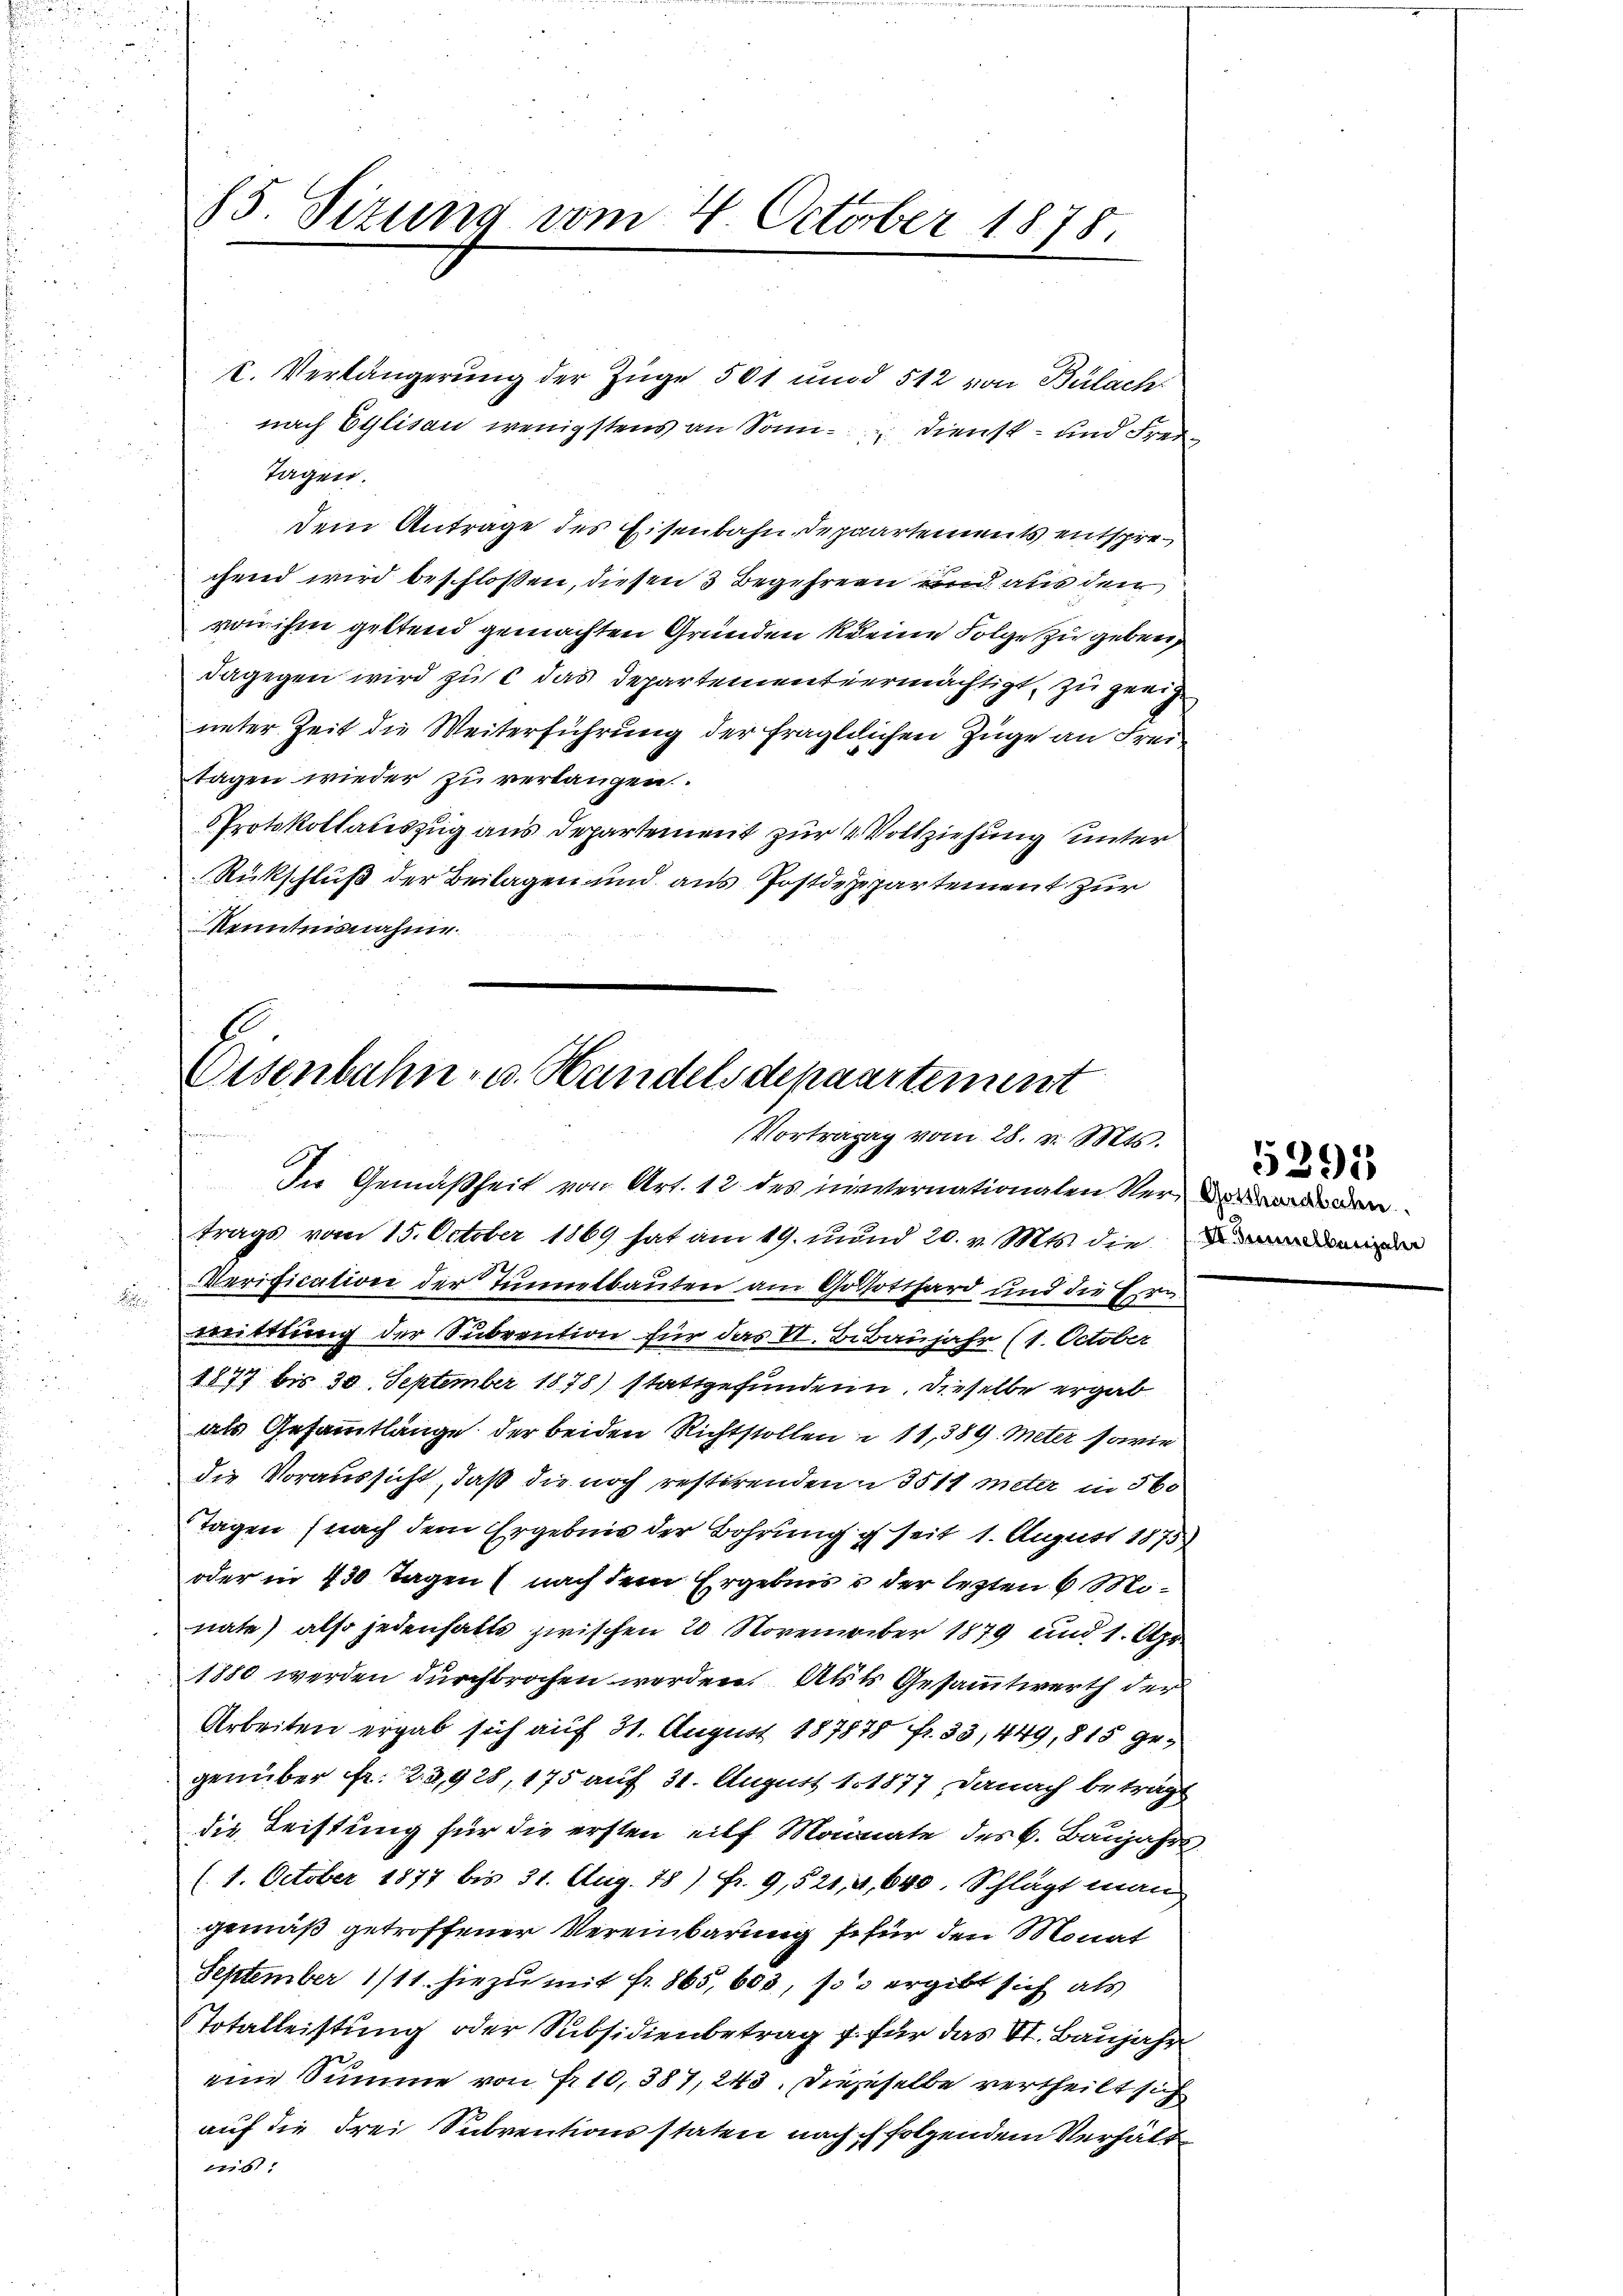
15. Sizung vom 4. October 1878

l. Verlängerung der Züge 501 und 512 von Bülach
nach Eglisau wenigstens an Sonn- Dienst- und Frei¬
Tagen.
dem Antrage des Eisenbahn, Depaartements entsprechend wird beschloßen, diesen 3 Begehren und aus den
von ihm geltend gemachten Gründen keine Folge zu geben
dagegen wird zu c das Departement ermächtigt, zu geeig
unter Zeit die Weiterführung der fraglilichen Zuge an Freitagen wieder zu verlangen.
Protokollauszug aus Departement zur 4 Vollziehung unter
Rückschluß der Beilagen und aus Postdepartement zur
Kenntnisnahme

Eisenbahn- u. Handelsdepaartement
Vortrage vom 28. v. Mts.

In Gemäßheit von Art. 12 des invernationaten Verden.
trags vom 15. October 1869 hat am 19. und 20. v. Mts. die
Verification der Tunnetbauten am Gothotthard und die Erwitttung der Subvention für das VI. Bebaujahr (1. October
1877 bis 30. September 1878) stattgefunden u. dieselbe ergab
als Gesammtlänge der beiden Richtstollen 11, 389. Meter sowie
die Voraussicht, daß die noch restirenden § 3511 meter in 560
Tagen (nach dem Ergebnis der Bahrung seit 1. August 1875.
oder in 430 Tagen (nach dem Ergebnis der letzten 6 Monate) also jedenfalls zwischen 20 November 1879 und 1. Apr
1880 werden durchbrochen werden. Als Gesammtwerth der
Arbeiten ergab sich auf 31. August 187878 fr. 33, 449, 815 gegenüber Fr. 23,928, 175 auf 31. August 11877, danach betragt
die Leistung für die ersten eilf Monate des C. Baŭjahre
11. October 1877 bis 31. Aug. 18) Fr. 9,521, 4, 640. Schlägt man
gemäß getroffener Vereinbarung für den Monat
September 1/11 hiezu mit fr. 865,603, so ergibt sich als
TTotalleistung oder Subsidienbetrag f. für das VI. Baujahr
eine Summe von Fr. 10,387, 243. Dieseselbe vertheilt sich
auf die drei Subventionsstaten nach ch folgendem Verhält
nis:

5291